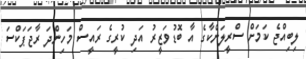
ލިބިއްޖެ ކަމަށް ސްރީލަންކާގެ އާ ބޮޑުވަޒީރު އަދި ކުރީގެ ރައީސް މަހިންދަ ރާޖަޕަކްސަ